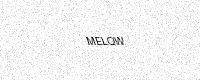
Text: MELQW